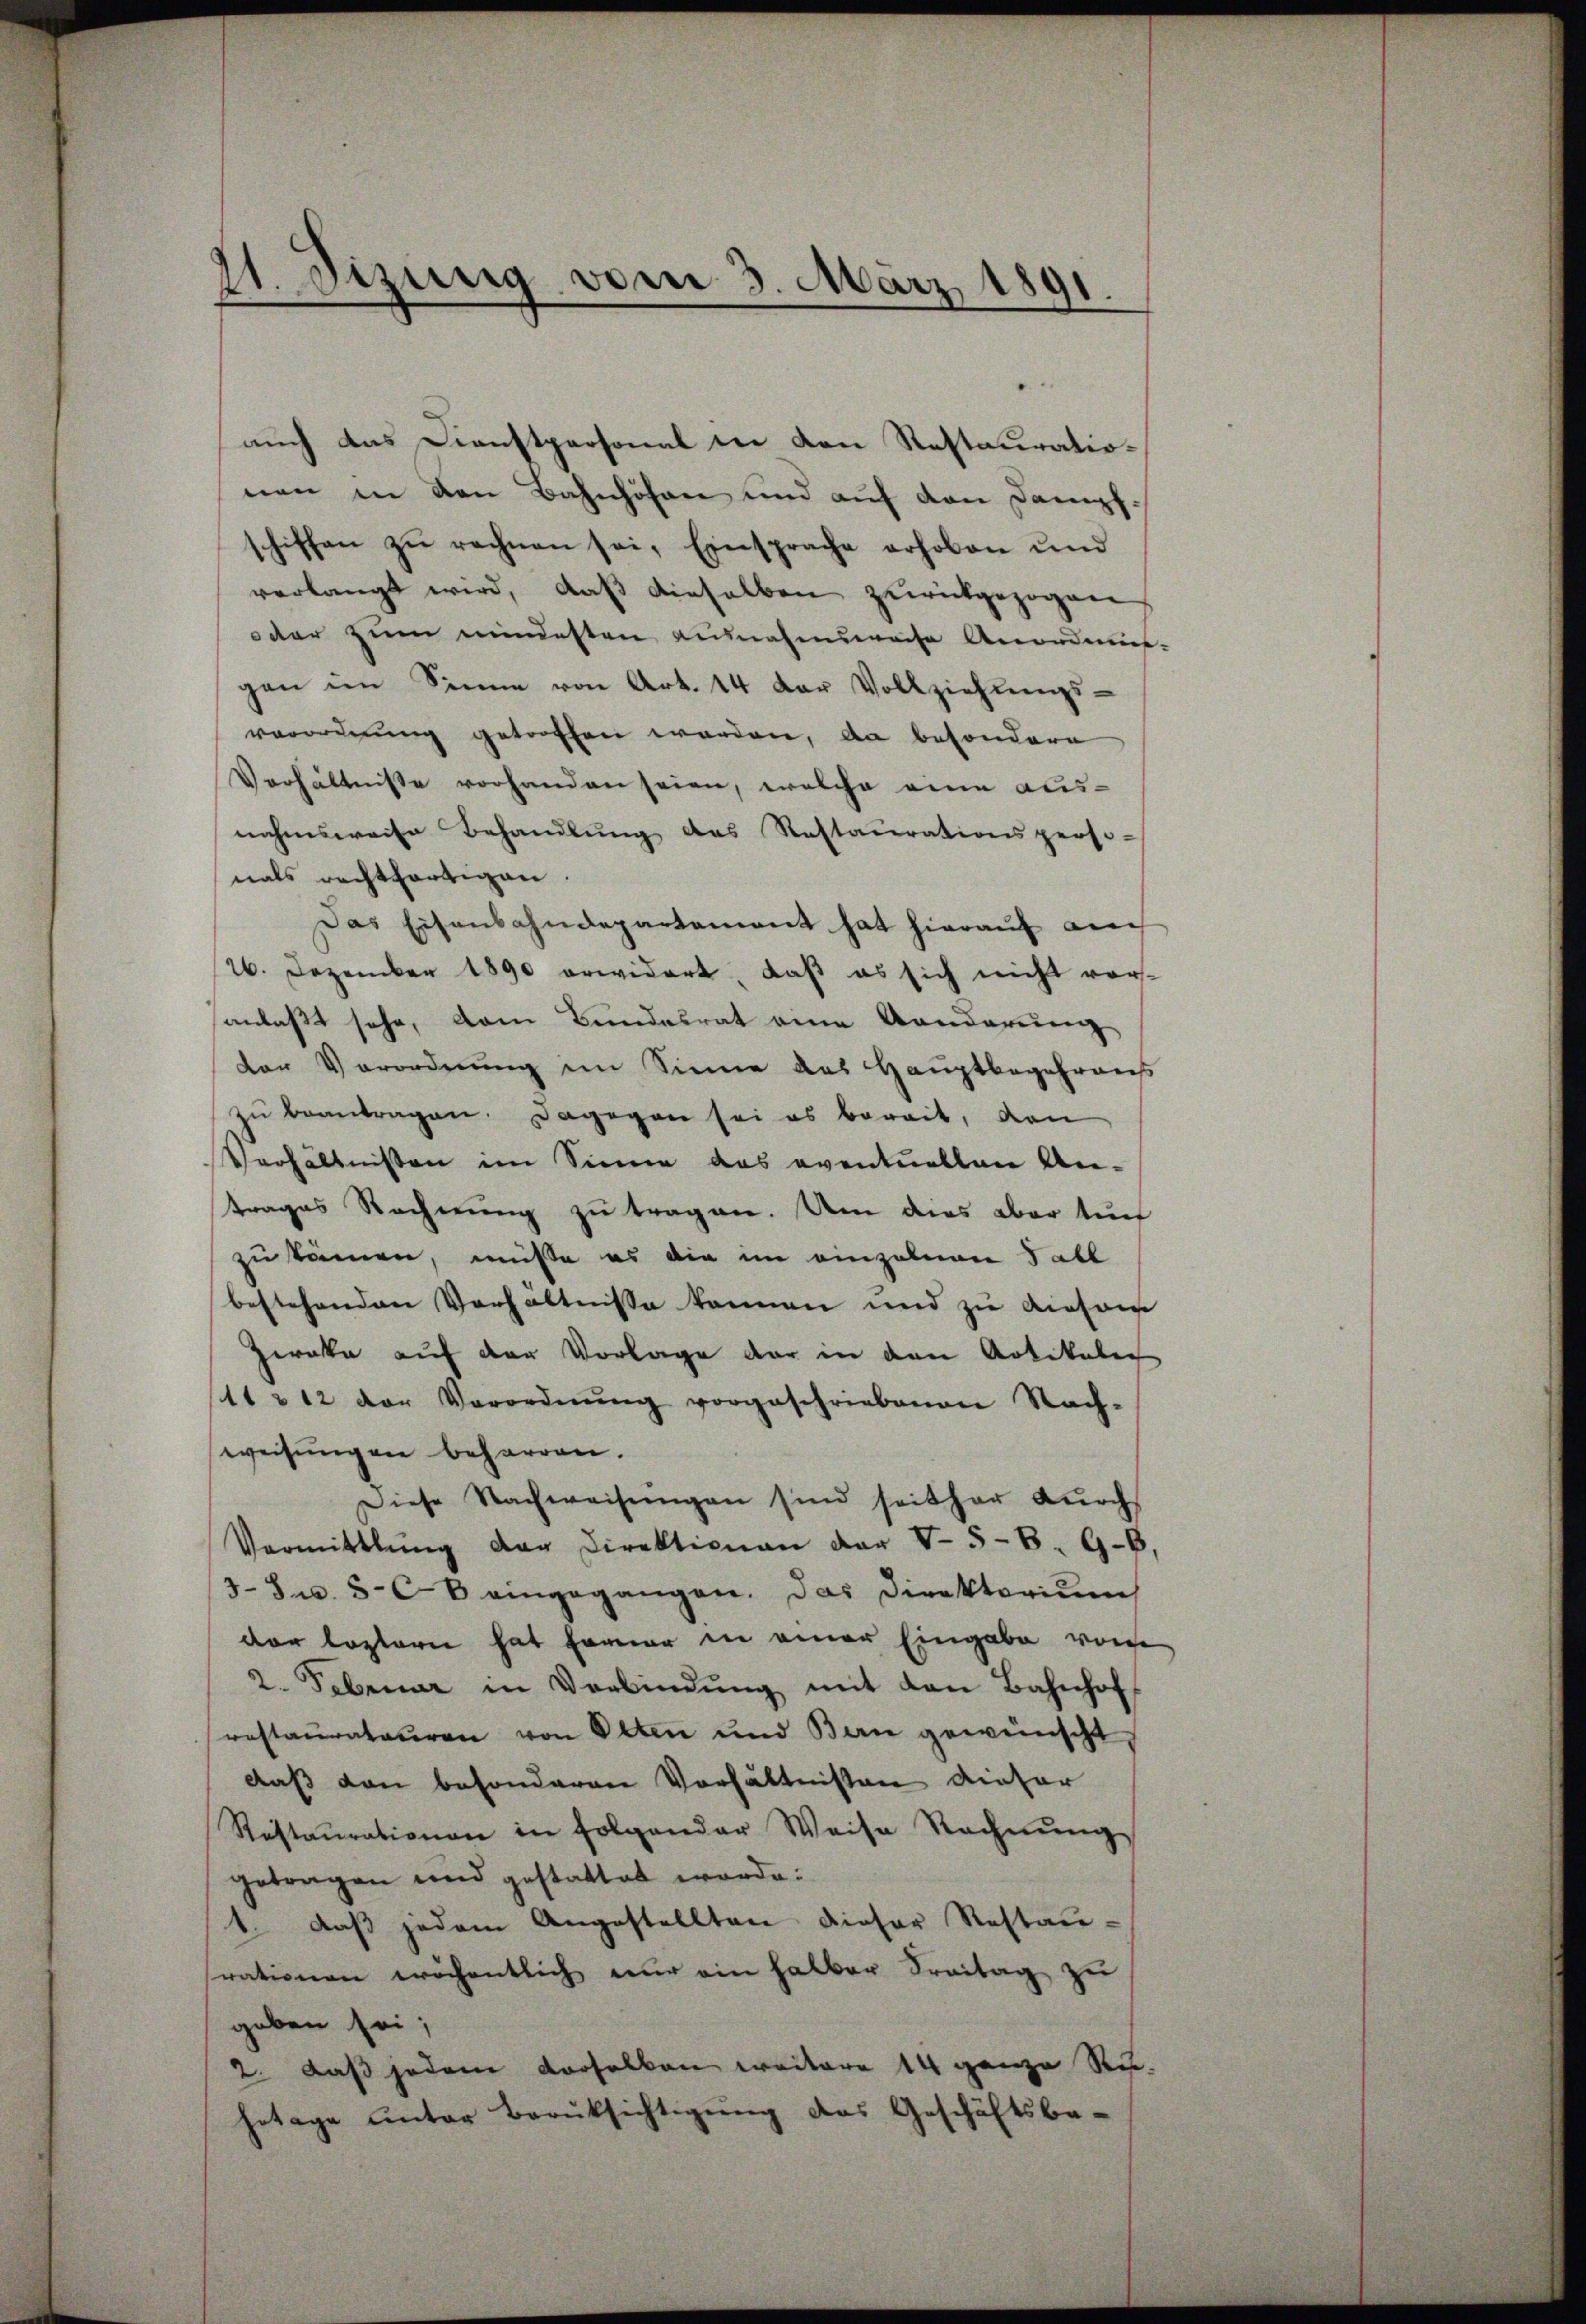
1. Sizung vom 3. März 1891.
.

auch das Dienstpersonal in den Restaurationen in den Bahnhöfen und auf den Dampfschiffen zu rechnen sei, Einsprache erhoben und
verlangt wird, daß dieselben zurückgezogen
oder zum mindesten ausnahmsweise Anordnuer-
gen im Sinne von Art. 14 der Vollziehŭngs-
verordnŭng getroffen worden, da besondere
Verhältnisse vorhanden seien, welche eine aus-
nahmsweise Behandlung des Restaurationsperso-
nals rechtfertigen.
Das Eisenbahndepartement hat hierauf an
26. Dezember 1890 erwidert, daß es sich nicht vor-
sanlaßt sehe, dem Bundesrat eine Aenderung
der Verordnung im Sinne das Hauptbegehrens
zŭ beantragen. Dagegen sei es bereit, den
Verhältnissen im Sinne das eventuellen Untrages Rechnung zu tragen. Um dies aber tue
zu können, müsse es die im einzelnen Fall
bestehenden Verhältnisse können und zu diesen
Zwaka auf der Vorlage der in den Artikalen
11 & 12 der Verordnŭng vorgeschriebenen Nach-
weisungen beharren.
Diese Nachweisŭngen sind seither dŭrch
Vermittlung der Direktionen der V 5-8. 96
38 u. 508 eingegangen. Das Direktorium
der leztere hat Ferner in einer Eingabe vore
2. Februar in Verbindŭng mit den Bahnhof
restaŭrateuren von Olten und Bern gewünscht
daß den besonderen Verhältnissen dieser
Restaŭrationen in folgender Weise Rechnŭng
getragen und gestattet werde.
1. daß jedem Angestellten dieser Restan-
trationen wöchentlich nŭr ein halber Freitag zŭ
geben sei;
2. daß jedem verselben weitere 14 ganze Ru-
hetage ŭnter Berüksichtigŭng des Geschäftsbe-